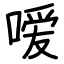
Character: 嗳